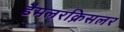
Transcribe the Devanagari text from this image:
डैमलरक्रिसलर